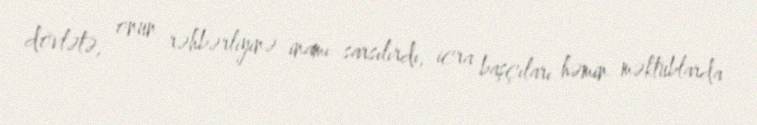
dövlətə, onun rəhbərliyinə inamı sarsılırdı, icra başçıları həmin məktublarda